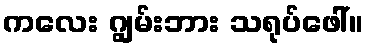
ကလေး ဂျွမ်းဘား သရုပ်ဖေါ်။